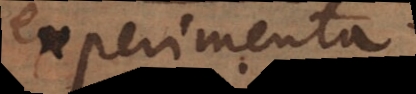
experimenta.